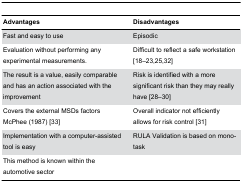
<table><thead><tr><td><b>Advantages</b></td><td><b>Disadvantages</b></td></tr></thead><tbody><tr><td>Fast and easy to use</td><td>Episodic</td></tr><tr><td>Evaluation without performing any experimental measurements.</td><td>Difficult to reflect a safe workstation [18–23,25,32]</td></tr><tr><td>The result is a value, easily comparable and has an action associated with the improvement</td><td>Risk is identified with a more significant risk than they may really have [28–30]</td></tr><tr><td>Covers the external MSDs factors McPhee (1987) [33]</td><td>Overall indicator not efficiently allows for risk control [31]</td></tr><tr><td>Implementation with a computer-assisted tool is easy</td><td>RULA Validation is based on mono-task</td></tr><tr><td>This method is known within the automotive sector</td><td></td></tr></tbody></table>